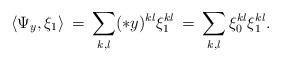
\begin{align*}\langle \Psi_y,\xi_1\rangle\,=\, \sum_{k,l}(*y)^{kl}\xi_1^{kl}\,=\, \sum_{k,l}\xi_0^{kl}\xi_1^{kl}. \end{align*}